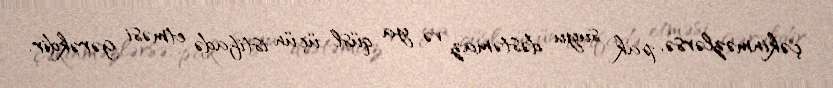
çəkinməzlərsə, pak suyu dəstəmaz və ya qüsl üçün istifadə etməsi gərəkdir.